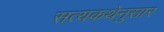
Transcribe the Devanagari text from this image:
सत्यकथेनुसार